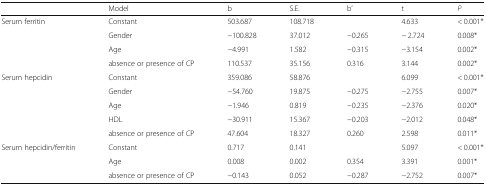
|  | Model | b | S.E. | b’ | t | P |
 | --- | --- | --- | --- | --- | --- | --- |
 | <ROWSPAN=4> Serum ferritin | Constant | 503.687 | 108.718 |  | 4.633 | < 0.001* |
 | Gender | −100.828 | 37.012 | −0.265 | − 2.724 | 0.008* |
 | Age | −4.991 | 1.582 | −0.315 | −3.154 | 0.002* |
 | absence or presence of CP | 110.537 | 35.156 | 0.316 | 3.144 | 0.002* |
 | <ROWSPAN=5> Serum hepcidin | Constant | 359.086 | 58.876 |  | 6.099 | < 0.001* |
 | Gender | −54.760 | 19.875 | −0.275 | −2.755 | 0.007* |
 | Age | −1.946 | 0.819 | −0.235 | −2.376 | 0.020* |
 | HDL | −30.911 | 15.367 | −0.203 | −2.012 | 0.048* |
 | absence or presence of CP | 47.604 | 18.327 | 0.260 | 2.598 | 0.011* |
 | <ROWSPAN=3> Serum hepcidin/ferritin | Constant | 0.717 | 0.141 |  | 5.097 | < 0.001* |
 | Age | 0.008 | 0.002 | 0.354 | 3.391 | 0.001* |
 | absence or presence of CP | −0.143 | 0.052 | −0.287 | −2.752 | 0.007* |